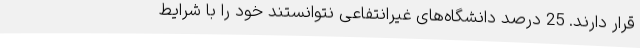
قرار دارند. 25 درصد دانشگاه‌های غیرانتفاعی نتوانستند خود را با شرایط